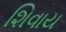
શિવાય